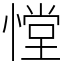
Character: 憆